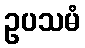
ဥပသမံ